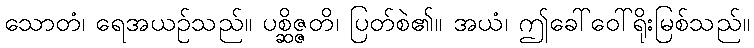
သောတံ၊ ရေအယဉ်သည်။ ပစ္ဆိဇ္ဇတိ၊ ပြတ်စဲ၏။ အယံ၊ ဤခေါ်ဝေါ်ရိုးမြစ်သည်။